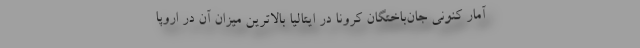
آمار کنونی جان‌باختگان کرونا در ایتالیا بالاترین میزان آن در اروپا